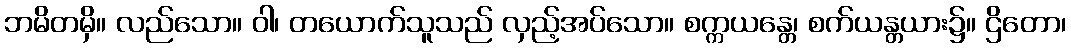
ဘမိတမှိ။ လည်သော။ ဝါ၊ တယောက်သူသည် လှည့်အပ်သော။ စက္ကယန္တေ၊ စက်ယန္တယား၌။ ဌိတော၊